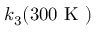
k _ { 3 } ( 3 0 0 \mathrm { ~ K ~ } )